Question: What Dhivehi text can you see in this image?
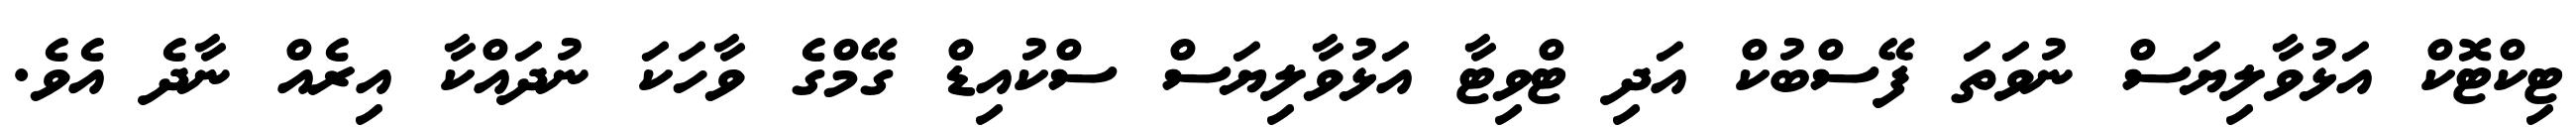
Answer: ޓިކްޓޮކް އަޅުވާލިޔަސް ނުވަތަ ފޭސްބުކް އަދި ޓްވިޓާ އަޅުވާލިޔަސް ސްކުއިޑް ގޭމްގެ ވާހަކަ ނުދައްކާ އިރެއް ނާދެ އެވެ.